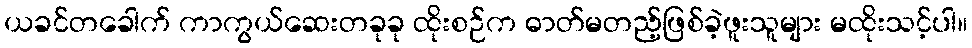
ယခင်တခေါက် ကာကွယ်ဆေးတခုခု ထိုးစဉ်က ဓာတ်မတည့်ဖြစ်ခဲ့ဖူးသူများ မထိုးသင့်ပါ။